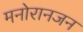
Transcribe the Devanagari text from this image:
मनोरानजन